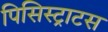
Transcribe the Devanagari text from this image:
पिसिस्ट्राटस